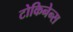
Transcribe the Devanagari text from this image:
टोकिनेन्स